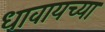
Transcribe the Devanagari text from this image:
धावायच्या